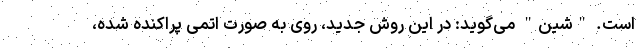
است. "شین" می‌گوید: در این روش جدید، روی به صورت اتمی پراکنده شده،